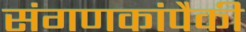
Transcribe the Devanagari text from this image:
संगणकांपैकी